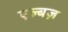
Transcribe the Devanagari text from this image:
एल्बज़